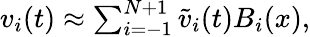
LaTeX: \begin{array}{r}{v_{i}(t)\approx\sum_{i=-1}^{N+1}\widetilde v_{i}(t)B_{i}(x),}\end{array}